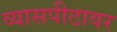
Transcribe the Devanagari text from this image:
व्‍यासपीठावर